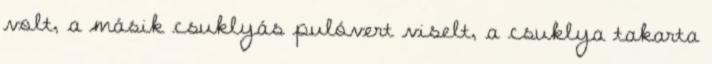
volt, a másik csuklyás pulóvert viselt, a csuklya takarta